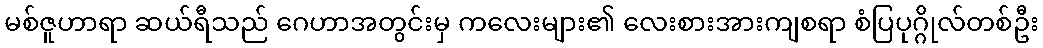
မစ်ဇူဟာရာ ဆယ်ရီသည် ဂေဟာအတွင်းမှ ကလေးများ၏ လေးစားအားကျစရာ စံပြပုဂ္ဂိုလ်တစ်ဦး